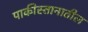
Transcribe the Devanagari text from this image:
पाकीस्तानातील